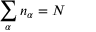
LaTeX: \sum _ { \alpha } n _ { \alpha } = N